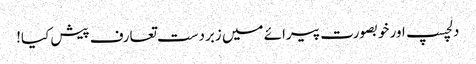
دلچسپ اور خوبصورت پیرائے میں زبردست تعارف پیش کیا!